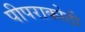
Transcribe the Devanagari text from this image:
पीपराकोठी